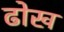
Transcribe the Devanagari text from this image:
ढोख